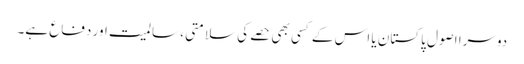
دوسرا اصول پاکستان یا اس کے کسی بھی حصے کی سلامتی ، سالمیت اور دفاع ہے۔